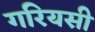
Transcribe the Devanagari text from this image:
गरियसी